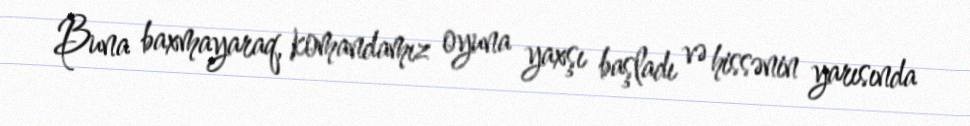
Buna baxmayaraq, komandamız oyuna yaxşı başladı və hissənin yarısında